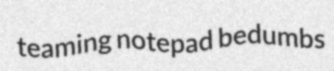
teaming notepad bedumbs